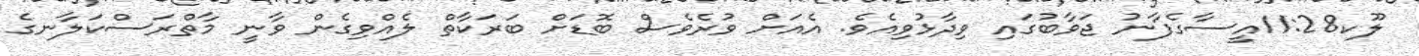
ލޫކ11:28އީސާގެފާނު ޖަވާބުގައި ވިދާޅުވިއެވެ. އެއަށް ވުރެވެސް ބޮޑަށް ބަރަކާތް ލެއްވިގެން ވާނީ މާތްރަސްކަލާނގެ